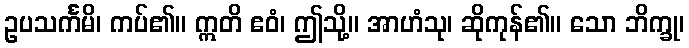
ဥပသင်္ကမိ၊ ကပ်၏။ ဣတိ ဧဝံ၊ ဤသို့။ အာဟံသု၊ ဆိုကုန်၏။ သော ဘိက္ခု၊